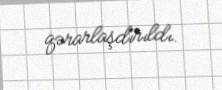
qərarlaşdırıldı.